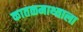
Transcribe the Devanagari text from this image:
कातळमाथ्याला